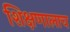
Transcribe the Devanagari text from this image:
शिक्षणालाच